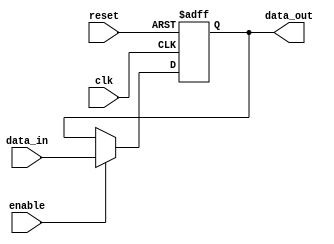
module InputRegister #(
    parameter DATA_WIDTH = 8  // Parameter for data width (default is 8 bits)
)(
    input wire clk,            // Clock input
    input wire reset,          // Reset input
    input wire enable,         // Enable input
    input wire [DATA_WIDTH-1:0] data_in,  // Input data lines
    output reg [DATA_WIDTH-1:0] data_out   // Output data lines
);

// Synchronous process for capturing data
always @(posedge clk or posedge reset) begin
    if (reset) begin
        data_out <= {DATA_WIDTH{1'b0}};  // Set output to zero on reset
    end else if (enable) begin
        data_out <= data_in;             // Capture input data on enable
    end
    // If not enabled, retain the previous value of data_out
end

endmodule